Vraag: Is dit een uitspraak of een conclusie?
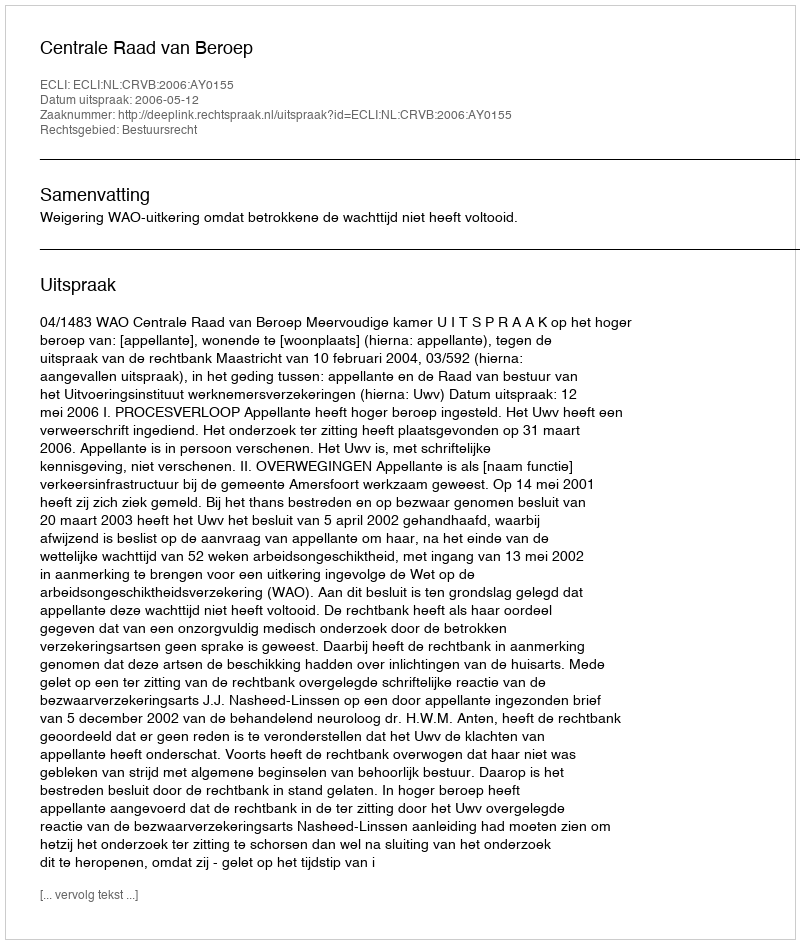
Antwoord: Uitspraak